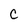
Character: C